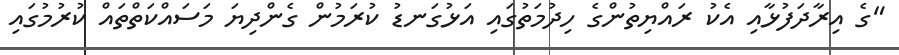
"ގެ އިރާދަފުޅާއި އެކު ރައްޔިތުންގެ ހިދުމަތުގައި އަޅުގަނޑު ކުރަމުން ގެންދިޔަ މަސައްކަތްތައް ކުރުމުގައި